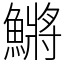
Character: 鱂